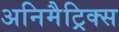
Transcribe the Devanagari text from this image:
अनिमैट्रिक्स